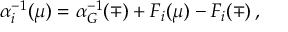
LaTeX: \alpha _ { i } ^ { - 1 } ( \mu ) = \alpha _ { G } ^ { - 1 } ( \mp ) + F _ { i } ( \mu ) - F _ { i } ( \mp ) \, ,